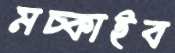
মচ্‌কাইব